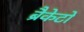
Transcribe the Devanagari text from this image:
ब्रैकेटों